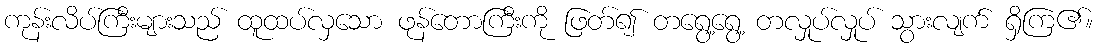
ကုန်းလိပ်ကြီးများသည် ထူထပ်လှသော ဖုန်တောကြီးကို ဖြတ်၍ တရွေ့ရွေ့ တလှုပ်လှုပ် သွားလျက် ရှိကြ၏။